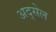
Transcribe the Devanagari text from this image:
अद्सेल